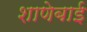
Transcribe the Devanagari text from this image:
शाणेबाई